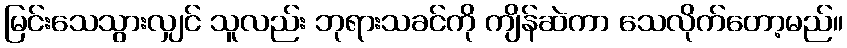
မြင်းသေသွားလျှင် သူလည်း ဘုရားသခင်ကို ကျိန်ဆဲကာ သေလိုက်တော့မည်။